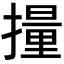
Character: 𫾄